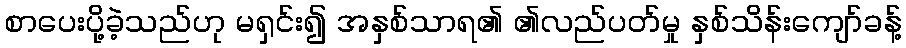
စာပေးပို့ခဲ့သည်ဟု မရှင်း၍ အနှစ်သာရ၏ ၏လည်ပတ်မှု နှစ်သိန်းကျော်ခန့်